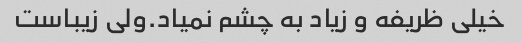
خیلی ظریفه و زیاد به چشم نمیاد.ولی زیباست